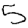
Digit: 5